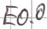
Text: E0.0